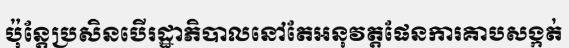
ប៉ុន្តែប្រសិនបើរដ្ឋាភិបាលនៅតែអនុវត្តផែនការគាបសង្កត់